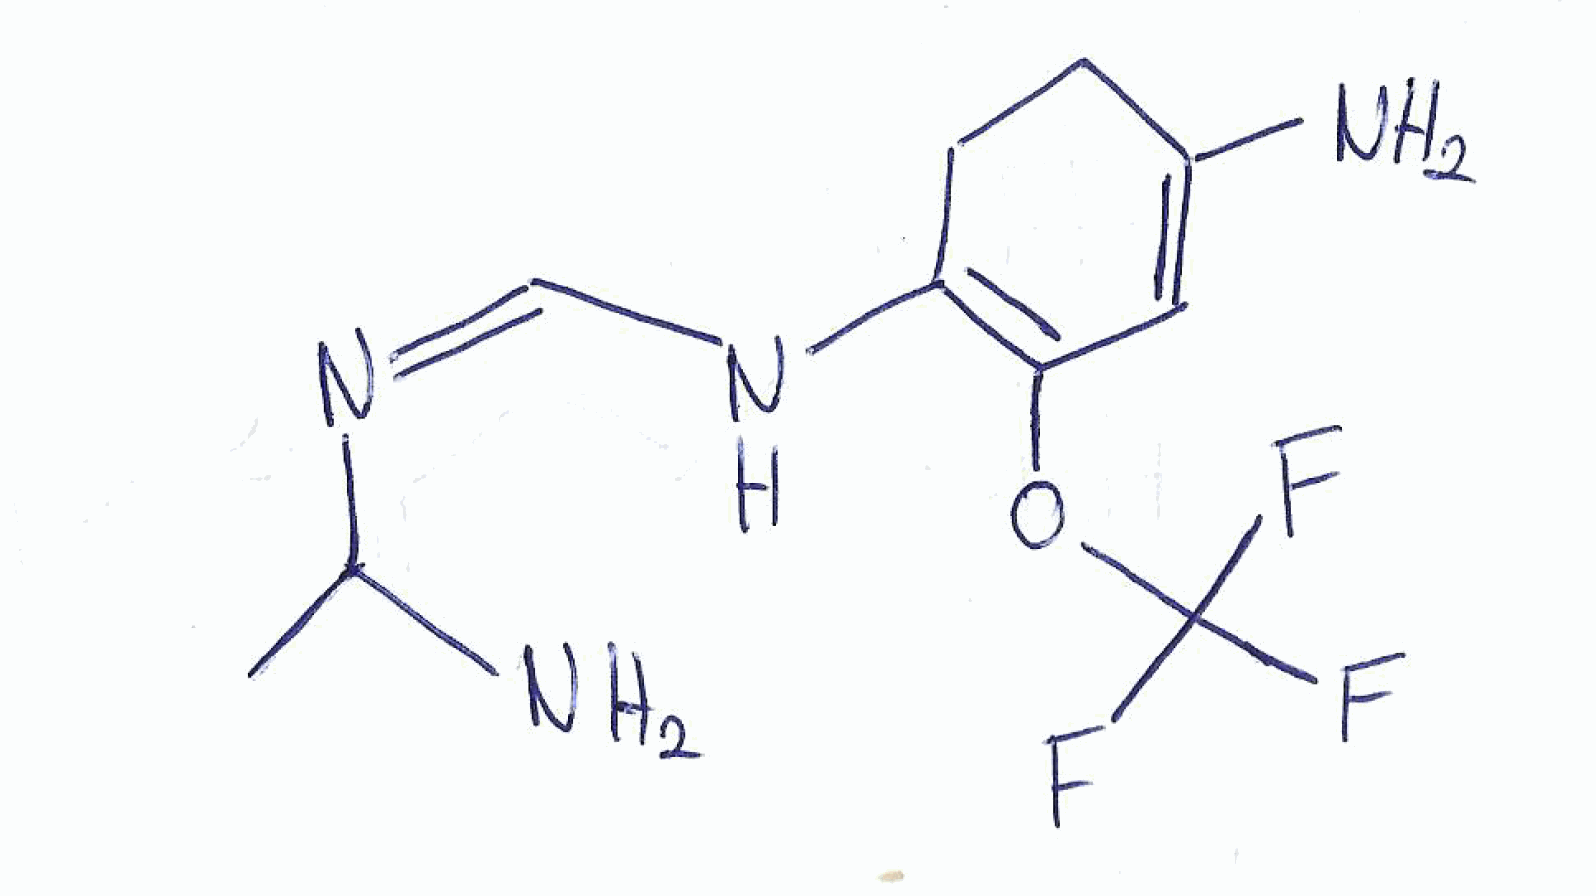
Simplified molecular-input line-entry system (SMILES) notation of the given molecule:
CC(N)/N=C\NC1=C(C=C(CC1)N)OC(F)(F)F